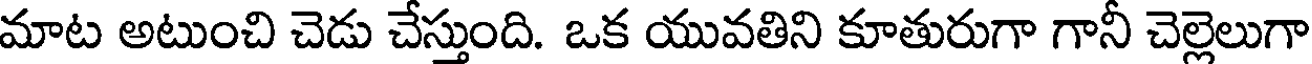
మాట అటుంచి చెడు చేస్తుంది. ఒక యువతిని కూతురుగా గానీ చెల్లెలుగా